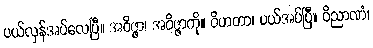
ပယ်လှန်အပ်လေပြီ။ အဝိဇ္ဇာ၊ အဝိဇ္ဇာကို။ ဝိဟတာ၊ ပယ်အပ်ပြီ။ ဝိညာဏံ၊